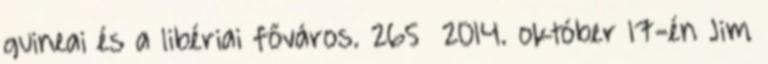
guineai és a libériai főváros. 265 2014. október 17-én Jim